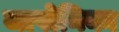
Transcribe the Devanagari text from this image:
जापोनिका